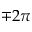
\mp 2 \pi